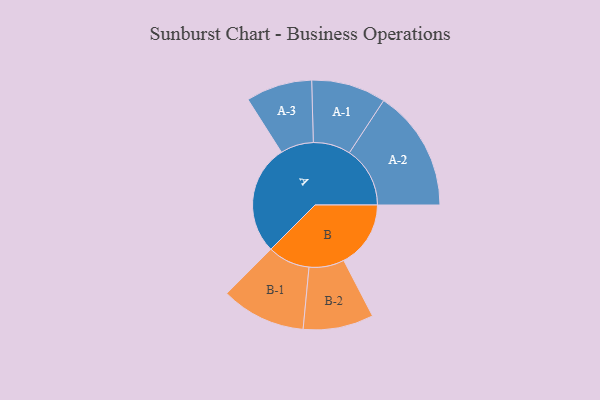
{"axis": {"x": "Segment", "y": "Value"}, "legend": ["", "A", "B"], "data": [{"x": "A", "y": 418, "type": ""}, {"x": "B", "y": 255, "type": ""}, {"x": "A-1", "y": 142, "type": "A"}, {"x": "A-2", "y": 231, "type": "A"}, {"x": "A-3", "y": 126, "type": "A"}, {"x": "B-1", "y": 161, "type": "B"}, {"x": "B-2", "y": 134, "type": "B"}]}